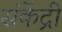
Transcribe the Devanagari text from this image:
संकेंद्री